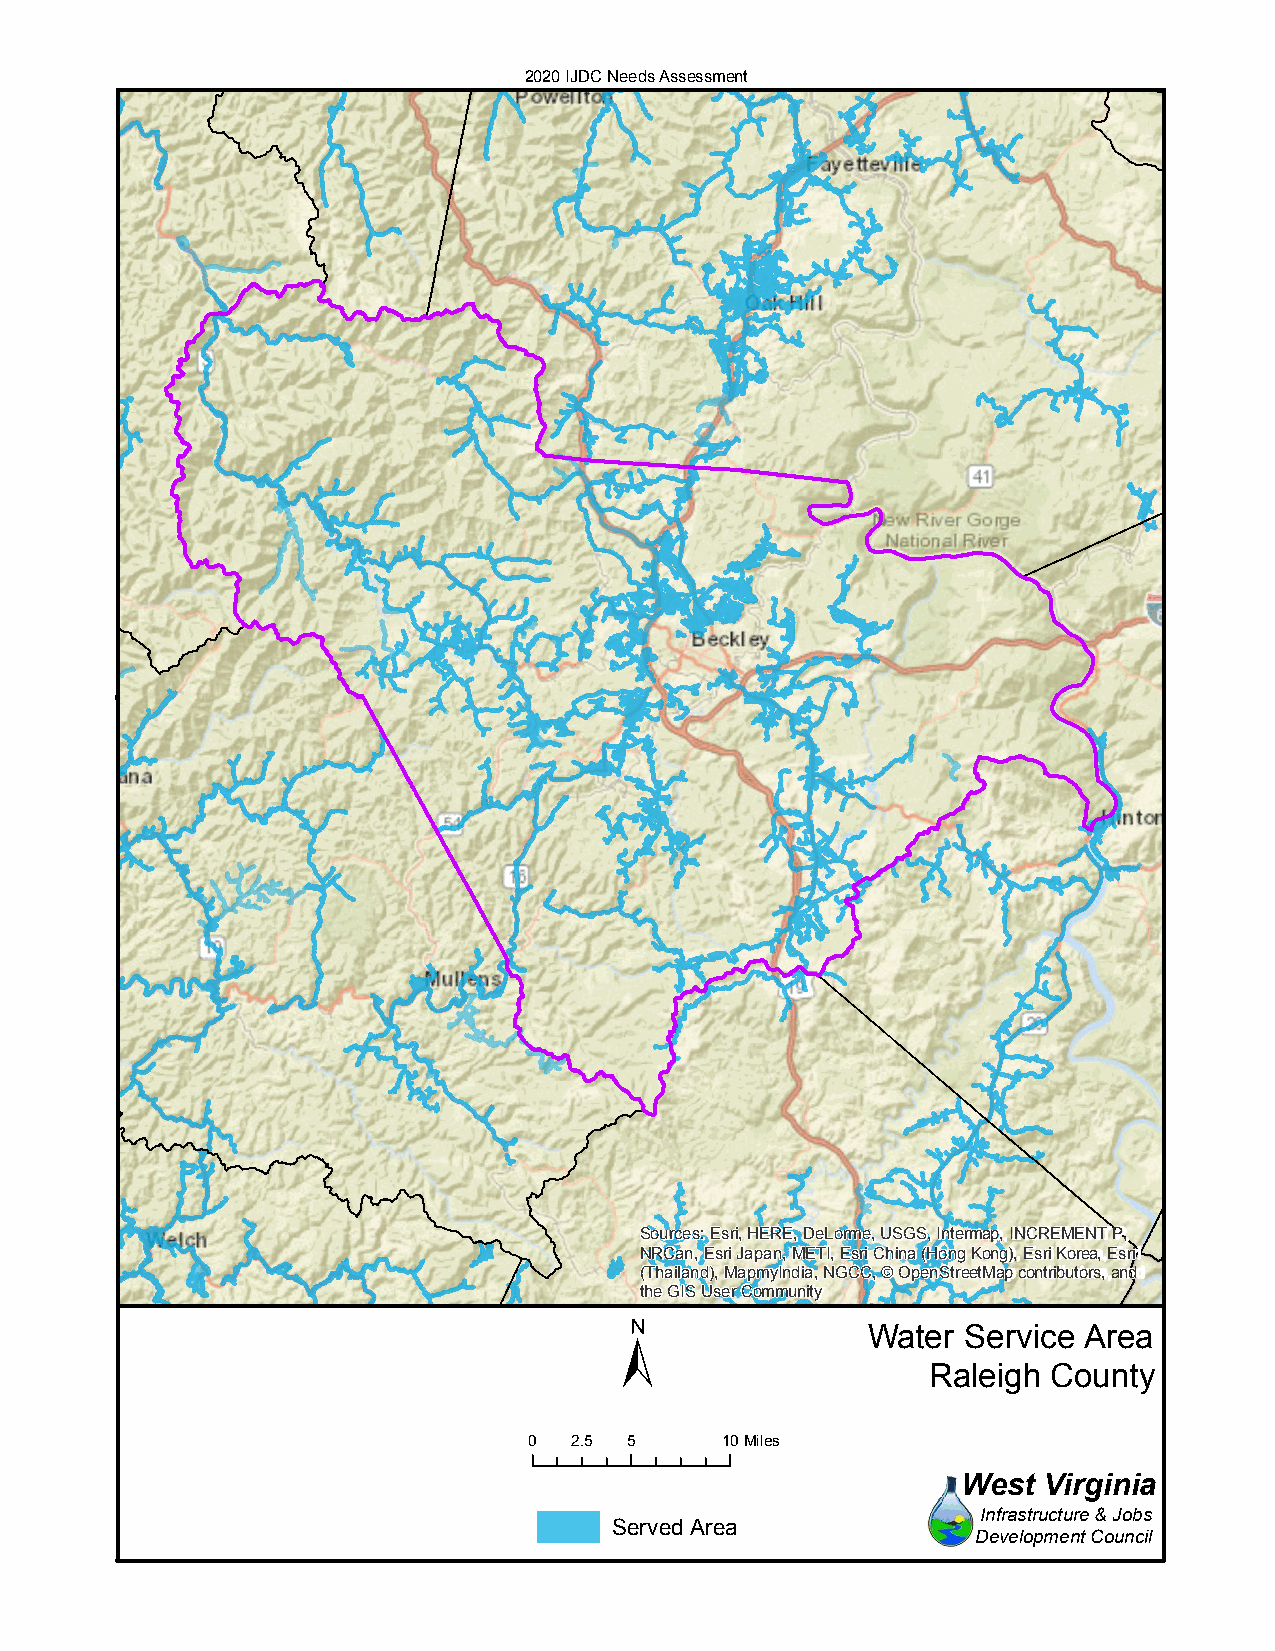
2020 IJDC Needs Assessment
 Sources: Esri, HERE, DeLorme, USGS, Intermap, INCREMENT P,
 NRCan, Esri Japan, METI, Esri China (Hong Kong), Esri Korea, Esri
 (Thailand), MapmyIndia, NGCC, © OpenStreetMap contributors, and
 the GIS User Community
 ±
 Water  Service Area
 Raleigh  County
 0  2.5 5     10Miles
 West Virginia
 Infrastructure & Jobs
 Served Area
 Development Council